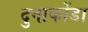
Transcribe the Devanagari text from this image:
दुनाकोंडा